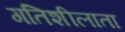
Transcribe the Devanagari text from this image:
गतिशीलाता